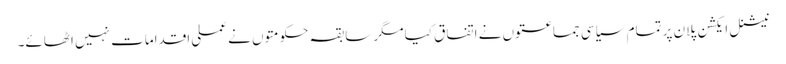
نیشنل ایکشن پلان پر تمام سیاسی جماعتوں نے اتفاق کیا مگر سابقہ حکومتوں نے عملی اقدامات نہیں اٹھائے۔